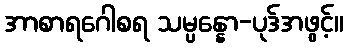
အာစာရဂေါစရ သမ္ပန္နော-ပုဒ်အဖွင့်။